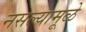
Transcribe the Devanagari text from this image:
नसल्यामूळे